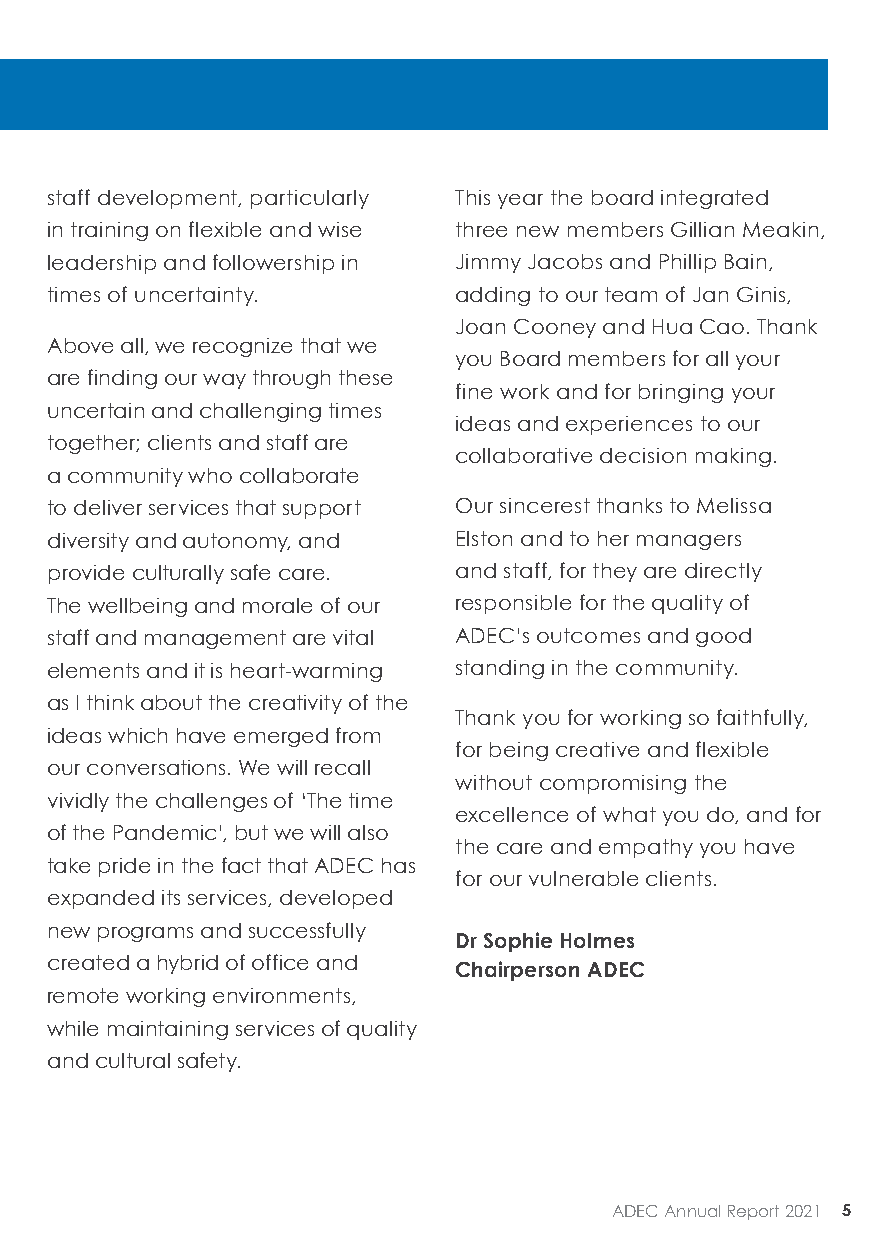
staff development, particularly This year the board integrated
 in training on flexible and wise three new members Gillian Meakin,
 leadership and followership in Jimmy Jacobs and Phillip Bain,
 times of uncertainty.      adding to our team of Jan Ginis,
 Joan Cooney and Hua Cao. Thank
 Above all, we recognize that we
 you Board members for all your
 are finding our way through these
 fine work and for bringing your
 uncertain and challenging times
 ideas and experiences to our
 together; clients and staff are
 collaborative decision making.
 a community who collaborate
 to deliver services that support Our sincerest thanks to Melissa
 diversity and autonomy, and Elston and to her managers
 provide culturally safe care. and staff, for they are directly
 The wellbeing and morale of our responsible for the quality of
 staff and management are vital ADEC’s outcomes and good
 elements and it is heart-warming standing in the community.
 as I think about the creativity of the
 Thank you for working so faithfully,
 ideas which have emerged from
 for being creative and flexible
 our conversations. We will recall
 without compromising the
 vividly the challenges of ‘The time
 excellence of what you do, and for
 of the Pandemic’, but we will also
 the care and empathy you have
 take pride in the fact that ADEC has
 for our vulnerable clients.
 expanded its services, developed
 new programs and successfully
 Dr Sophie Holmes
 created a hybrid of office and
 Chairperson ADEC
 remote working environments,
 while maintaining services of quality
 and cultural safety.
 ADEC Annual Report 2021 5